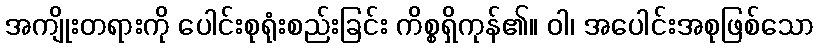
အကျိုးတရားကို ပေါင်းစုရုံးစည်းခြင်း ကိစ္စရှိကုန်၏။ ဝါ၊ အပေါင်းအစုဖြစ်သော